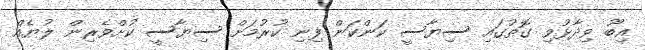
އިބޫ ވިދާޅުވި ގޮތުގައި ސިޔާސީ ކަންކަން ފިނި ކުރުމަށް ސިޔާސީ ކުށްވެރިން ލުޔެއް